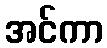
အင်ကာ